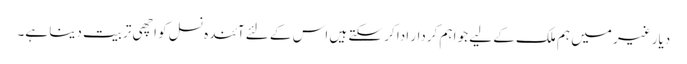
دیار غیر میں ہم ملک کے لیے جو اہم کردار ادا کر سکتے ہیں اس کے لئے آئندہ نسل کو اچھی تربیت دینا ہے۔